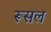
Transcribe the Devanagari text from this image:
रूसल